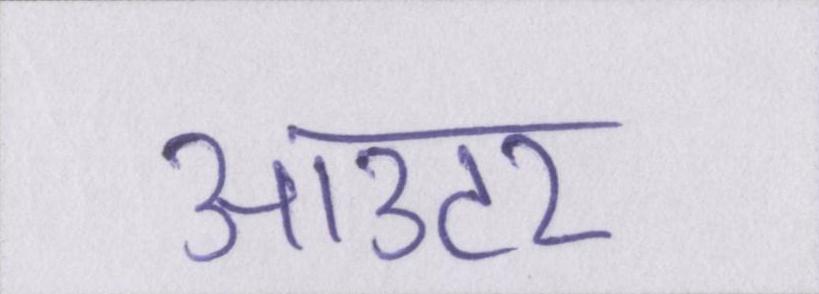
आउटर